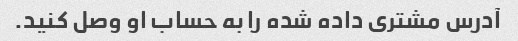
آدرس مشتری داده شده را به حساب او وصل کنید.